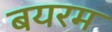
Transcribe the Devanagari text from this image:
बयरम